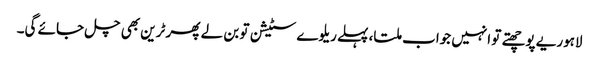
لاہوریے پوچھتے تو انہیں جواب ملتا، پہلے ریلوے سٹیشن تو بن لے پھر ٹرین بھی چل جائے گی۔